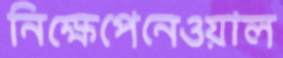
নিক্ষেপেনেওয়াল